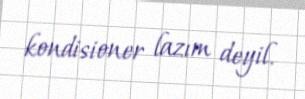
kondisioner lazım deyil.